Annual report on the health of the army in India
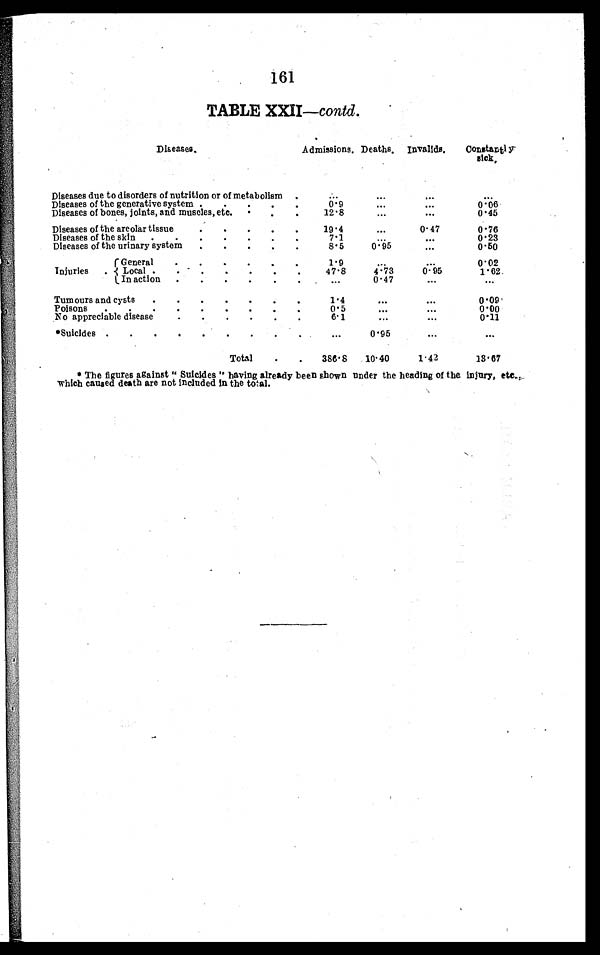
161
TABLE XXII — contd.
D i s e a s e s .
Admissions. Deaths.
Invalids.
Constantly
si ck.
Diseases due to disorders of nutrition or of metabolism . . .
. . .
. . .
. . .
. . .
Diseases of the generative system . . .
0 • 9
. . .
. . .
0.06
Diseases of bones, joints, and muscles, etc. . . .
12.8
. . .
. . .
0.45
Diseases of the areolar tissue . . .
19.4
. . .
0.47
0.76
Diseases of the skin . . .
7. 1
. . .
. . .
0.23
Diseases of the urinary system . . .
8.5
0.95
. . .
0.50
Injuries.
General . . .
1.9
. . .
. . .
0.02
Local . . .
47.8
4.73
0.95
1. 62
In action . . .
. . .
0.47
. . .
. . .
Tumours and cysts . . .
1. 4
. . .
. . .
0.09
Poisons . . .
0.5
. . .
. . .
0.00
No appreciable disease . . .
6.1
. . .
. . .
0.11
*Suicides . . .
. . .
0.95
. . .
. . .
Total . . .
386.8
10.40
1.42
13. 6 7
* The figures against " Suicides " having already been shown under the heading of the Injury, etc.
which caused death are not Included In the total.